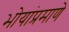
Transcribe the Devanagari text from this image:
भोयांप्रमाणे